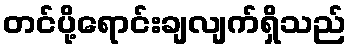
တင်ပို့ရောင်းချလျက်ရှိသည်